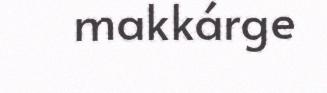
makkárge